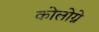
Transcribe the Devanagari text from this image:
कोलोग्ने